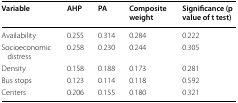
| Variable | AHP | PA | Composite weight | Significance (p value of t test) |
 | --- | --- | --- | --- | --- |
 | Availability | 0.255 | 0.314 | 0.284 | 0.222 |
 | Socioeconomic distress | 0.258 | 0.230 | 0.244 | 0.305 |
 | Density | 0.158 | 0.188 | 0.173 | 0.281 |
 | Bus stops | 0.123 | 0.114 | 0.118 | 0.592 |
 | Centers | 0.206 | 0.155 | 0.180 | 0.321 |